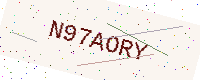
Text: N97AORY